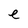
Character: e